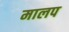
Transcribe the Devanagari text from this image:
मालप